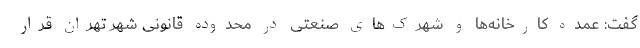
گفت: عمده کارخانه‌ها و شهرک‌های صنعتی در محدوده قانونی شهر تهران قرار